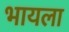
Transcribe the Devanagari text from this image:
भायला